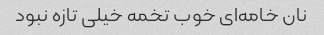
نان خامه‌ای خوب تخمه خیلی تازه نبود